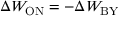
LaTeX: \Delta W _ { \mathrm { O N } } = - \Delta W _ { \mathrm { B Y } }